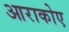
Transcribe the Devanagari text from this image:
आराकोए